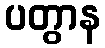
ပတွာန